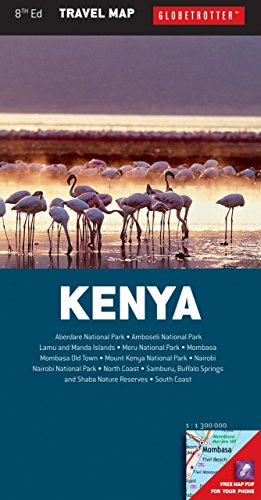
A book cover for Kenya Travel Map (Globetrotter Travel Map); Globetrotter; Travel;